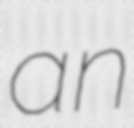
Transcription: an